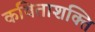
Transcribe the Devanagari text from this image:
कविताशक्ति